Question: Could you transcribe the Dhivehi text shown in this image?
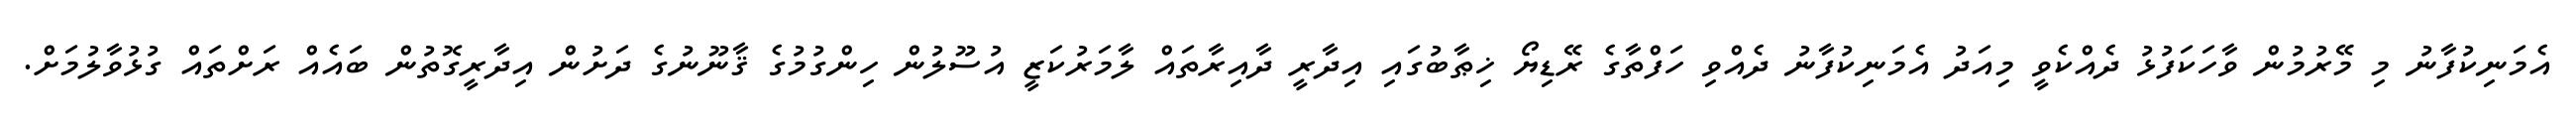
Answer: އެމަނިކުފާނު މި މޭރުމުން ވާހަކަފުޅު ދެއްކެވީ މިއަދު އެމަނިކުފާނު ދެއްވި ހަފްތާގެ ރޭޑިޔޯ ޚިޠާބުގައި އިދާރީ ދާއިރާތައް ލާމަރުކަޒީ އުސޫލުން ހިންގުމުގެ ޤާނޫނުގެ ދަށުން އިދާރީގޮތުން ބައެއް ރަށްތައް ގުޅުވާލުމަށް.